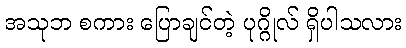
အသုဘ စကား ပြောချင်တဲ့ ပုဂ္ဂိုလ် ရှိပါသလား